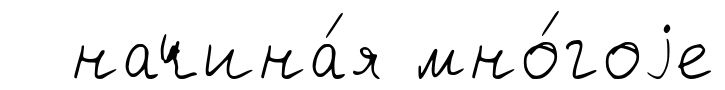
начина́я мно́гоjе